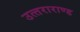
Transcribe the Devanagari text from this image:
उत्‍तराराण्‍ड